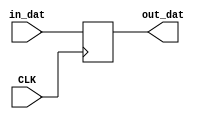
module Register_2b(
    input [1:0] in_dat,
	 input CLK,
    output [1:0] out_dat
    );
	 
	 reg [1:0] out_dat = 0;
	 
	 always @(negedge CLK)
		begin
			out_dat <= in_dat;
		end
	 


endmodule